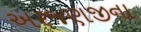
અરજણજીના